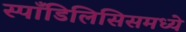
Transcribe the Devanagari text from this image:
स्पाँडिलिसिसमध्ये